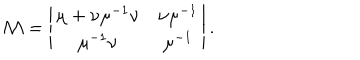
LaTeX: { \cal M } = \left| \begin{matrix} { { \mu + \nu \mu ^ { - 1 } \nu } } & { { \nu \mu ^ { - 1 } } } \\ { { \mu ^ { - 1 } \nu } } & { { \mu ^ { - 1 } } } \\ \end{matrix} \right| .